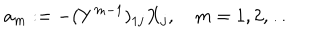
a _ { m } : = - ( Y ^ { m - 1 } ) _ { 1 j } X _ { j } , \quad m = 1 , 2 , \dots